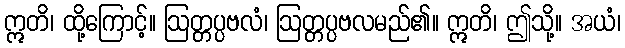
ဣတိ၊ ထို့ကြောင့်။ ဩတ္တပ္ပဗလံ၊ ဩတ္တပ္ပဗလမည်၏။ ဣတိ၊ ဤသို့။ အယံ၊